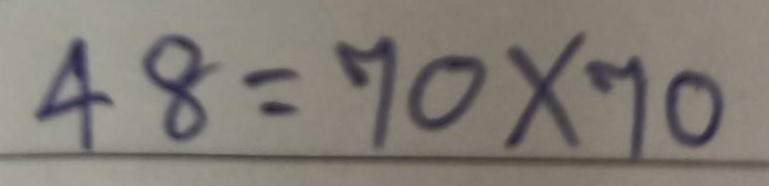
48 = 70x70